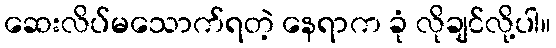
ဆေးလိပ်မသောက်ရတဲ့ နေရာက ခုံ လိုချင်လို့ပါ။